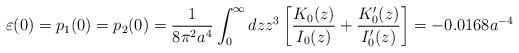
LaTeX: \begin{align*}\varepsilon (0)=p_1(0)=p_2(0)=\frac{1}{8\pi ^2a^4}\int_{0}^{\infty}{dzz^3\left[ \frac{K_0(z)} {I_0(z)}+\frac{K'_0(z)}{I'_0(z)}\right]}=-0.0168a^{-4} \end{align*}